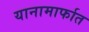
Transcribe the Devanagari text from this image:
यानामार्फात